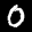
Label: 0